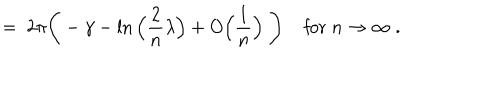
= \; 2 \pi \Bigg ( - \gamma - \ln \Big ( \frac { 2 } { n } \lambda \Big ) + O \Big ( \frac { 1 } { n } \Big ) \; \Bigg ) \; \mathrm { f o r } \; n \rightarrow \infty \; .